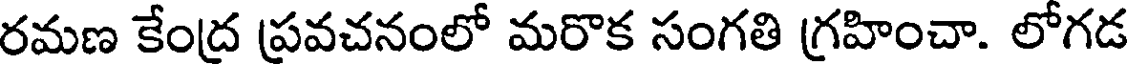
రమణ కేంద్ర ప్రవచనంలో మరొక సంగతి గ్రహించా. లోగడ